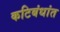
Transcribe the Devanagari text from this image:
कटिबंधांत